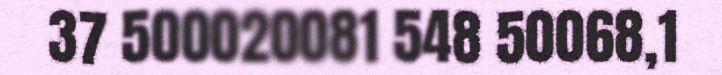
37 500020081 548 50068,1